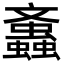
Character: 䘇